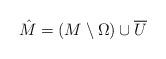
LaTeX: \begin{align*}\hat M = (M\setminus \Omega) \cup \overline U\end{align*}